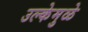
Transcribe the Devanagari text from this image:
उल्केमुळे